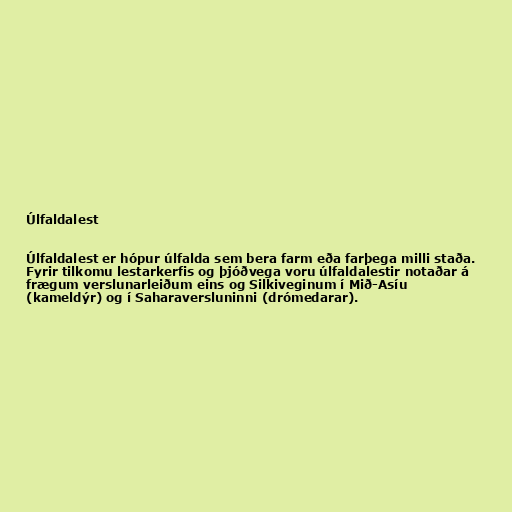
Úlfaldalest

Úlfaldalest er hópur úlfalda sem bera farm eða farþega milli staða.
Fyrir tilkomu lestarkerfis og þjóðvega voru úlfaldalestir notaðar á
frægum verslunarleiðum eins og Silkiveginum í Mið-Asíu
(kameldýr) og í Saharaversluninni (drómedarar).